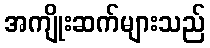
အကျိုးဆက်များသည်